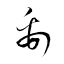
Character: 禹